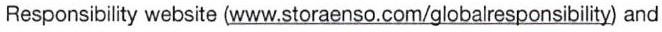
Responsibility website (www.storaenso.com/globalresponsibility) and